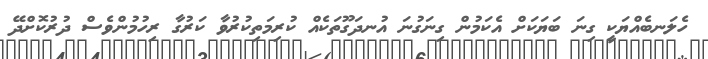
ހެލަނބެއްޔަކީ ގިނަ ބަޔަކަށް އެކަމުން ގިނަގުނަ އުނދަގޫތަކެއް ކުރިމަތިކުރުވާ ކަރުގާ ރިހުމުންވެސް ދުރުކޮށްދޭ